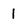
Character: l